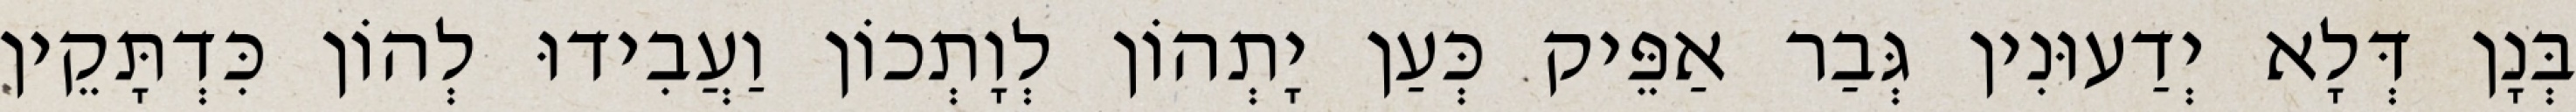
בְּנָן דְּלָא יְדַעוּנִין גְּבַר אַפֵּיק כְּעַן יָתְהוֹן לְוָתְכוֹן וַעֲבִידוּ לְהוֹן כִּדְתָּקֵין